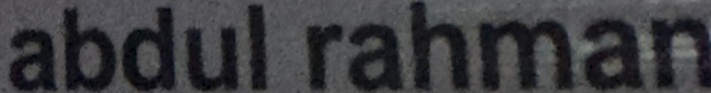
abdul rahman